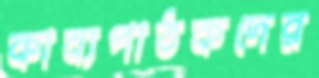
কাব্যপাঠকদের